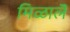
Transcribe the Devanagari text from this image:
मिळालॆ